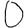
Digit: 0